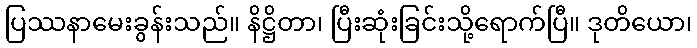
ပြဿနာမေးခွန်းသည်။ နိဋ္ဌိတာ၊ ပြီးဆုံးခြင်းသို့ရောက်ပြီ။ ဒုတိယော၊